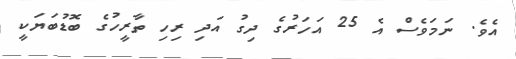
އެވެ. ނަމަވެސް އެ 25 އަހަރުގެ ދިގު އަދި ރިހި ތާރީހުގެ ބޮޑުބަޔަކީ